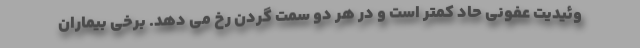
وئیدیت عفونی حاد کمتر است و در هر دو سمت گردن رخ می دهد. برخی بیماران